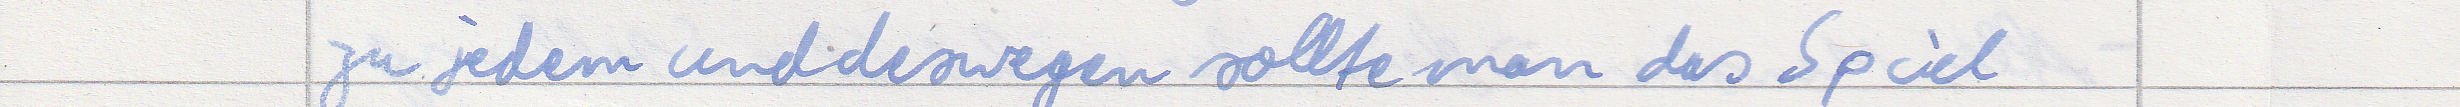
zu jedem und deswegen sollte man das Spiel